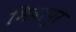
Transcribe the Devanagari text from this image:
भिवापुर